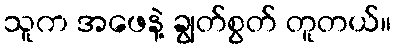
သူက အဖေနဲ့ ချွတ်စွတ် တူတယ်။